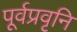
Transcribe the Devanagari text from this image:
पूर्वप्रवृनि